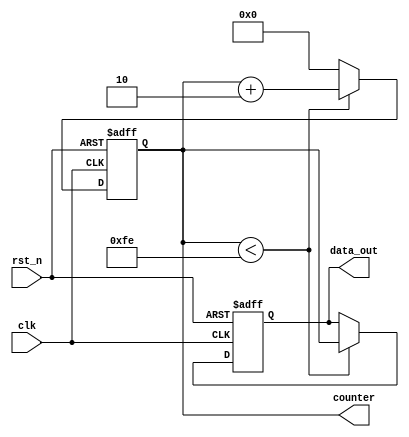
module ParameterFocusedInitialization #(
    // Parameter Declarations
    parameter INITIAL_VALUE        = 8'b00000000,  // Default initial value
    parameter COUNTER_MAX          = 8'b11111111,  // Maximum value for counter
    parameter OPERATION_MODE       = 1,            // 0: Normal, 1: Extended
    parameter CUSTOM_RESET_VALUE    = 8'b11111111   // Custom reset value
) (
    input wire clk,
    input wire rst_n,             // Active low reset
    output reg [7:0] data_out,
    output reg [7:0] counter
);

    // Initialization Logic
    initial begin
        data_out = INITIAL_VALUE;   // Set initial data output to INITIAL_VALUE
        counter = 8'b0;             // Initialize counter to 0
    end

    // Conditional Initialization based on OPERATION_MODE
    always @(posedge clk or negedge rst_n) begin
        if (!rst_n) begin
            // Reset Handling: Set to CUSTOM_RESET_VALUE on reset
            data_out <= CUSTOM_RESET_VALUE;
            counter <= 8'b0;         // Reset counter to 0
        end else begin
            // Normal operation based on OPERATION_MODE
            case (OPERATION_MODE)
                0: begin
                    // Normal operation: Increment counter
                    if (counter < COUNTER_MAX) begin
                        counter <= counter + 1;
                        data_out <= counter;   // Update data_out with counter value
                    end else begin
                        counter <= 8'b0;      // Reset counter
                    end
                end
                1: begin
                    // Extended operation: Add 2 to counter
                    if (counter < COUNTER_MAX - 1) begin
                        counter <= counter + 2;
                        data_out <= counter;   // Update data_out with counter value
                    end else begin
                        counter <= 8'b0;      // Reset counter
                    end
                end
                default: begin
                    // Default case: Do nothing
                    counter <= counter;     // Hold current counter value
                end
            endcase
        end
    end

endmodule